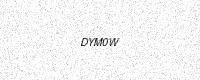
Text: DYM0W